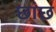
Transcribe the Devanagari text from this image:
छांछ